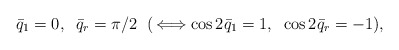
\begin{align*}\bar{q}_1=0,\;\; \bar{q}_r=\pi/2\;\;(\,\Longleftrightarrow \cos2\bar{q}_1=1,\;\;\cos2\bar{q}_r=-1),\end{align*}